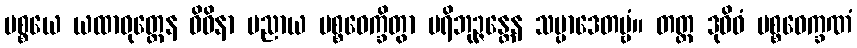
ပစ္စယေ ယထာဝုတ္တေန ဝိဓိနာ ပညာယ ပစ္စဝေက္ခိတွာ ပရိဘုဉ္ဇန္တေန သမ္ပာဒေတဗ္ဗံ။ တတ္ထ ဒုဝိဓံ ပစ္စဝေက္ခဏံ